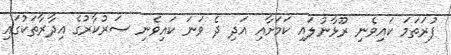
ފުރަތަމަ ކައިވެނި ރޫޅާނުލައި ކަމަށާއި އަދި ދެ ވަނަ ކައިވެނި ސަރުކާރުގެ އިދާރާތަކުގައި